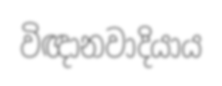
විඥානවාදියාය